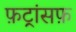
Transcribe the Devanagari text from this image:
फ़ट्रांसफ़